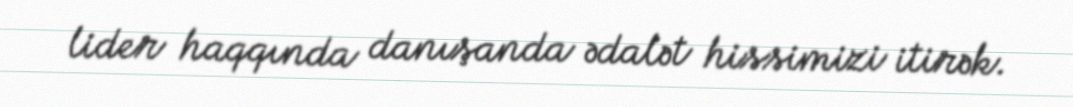
lider haqqında danışanda ədalət hissimizi itirək.